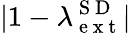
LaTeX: |1-\lambda_{\mathrm{~e~x~t~}}^{\mathrm{~S~D~}}|